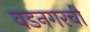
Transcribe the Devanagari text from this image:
वडनगरची